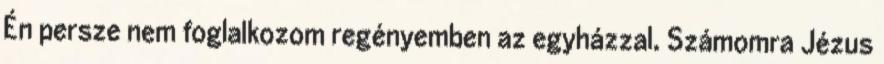
Én persze nem foglalkozom regényemben az egyházzal. Számomra Jézus